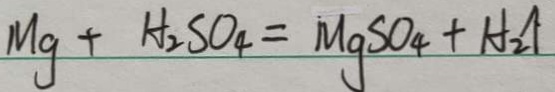
M g + H _ { 2 } S O _ { 4 } = M g S O _ { 4 } + H _ { 2 } \uparrow